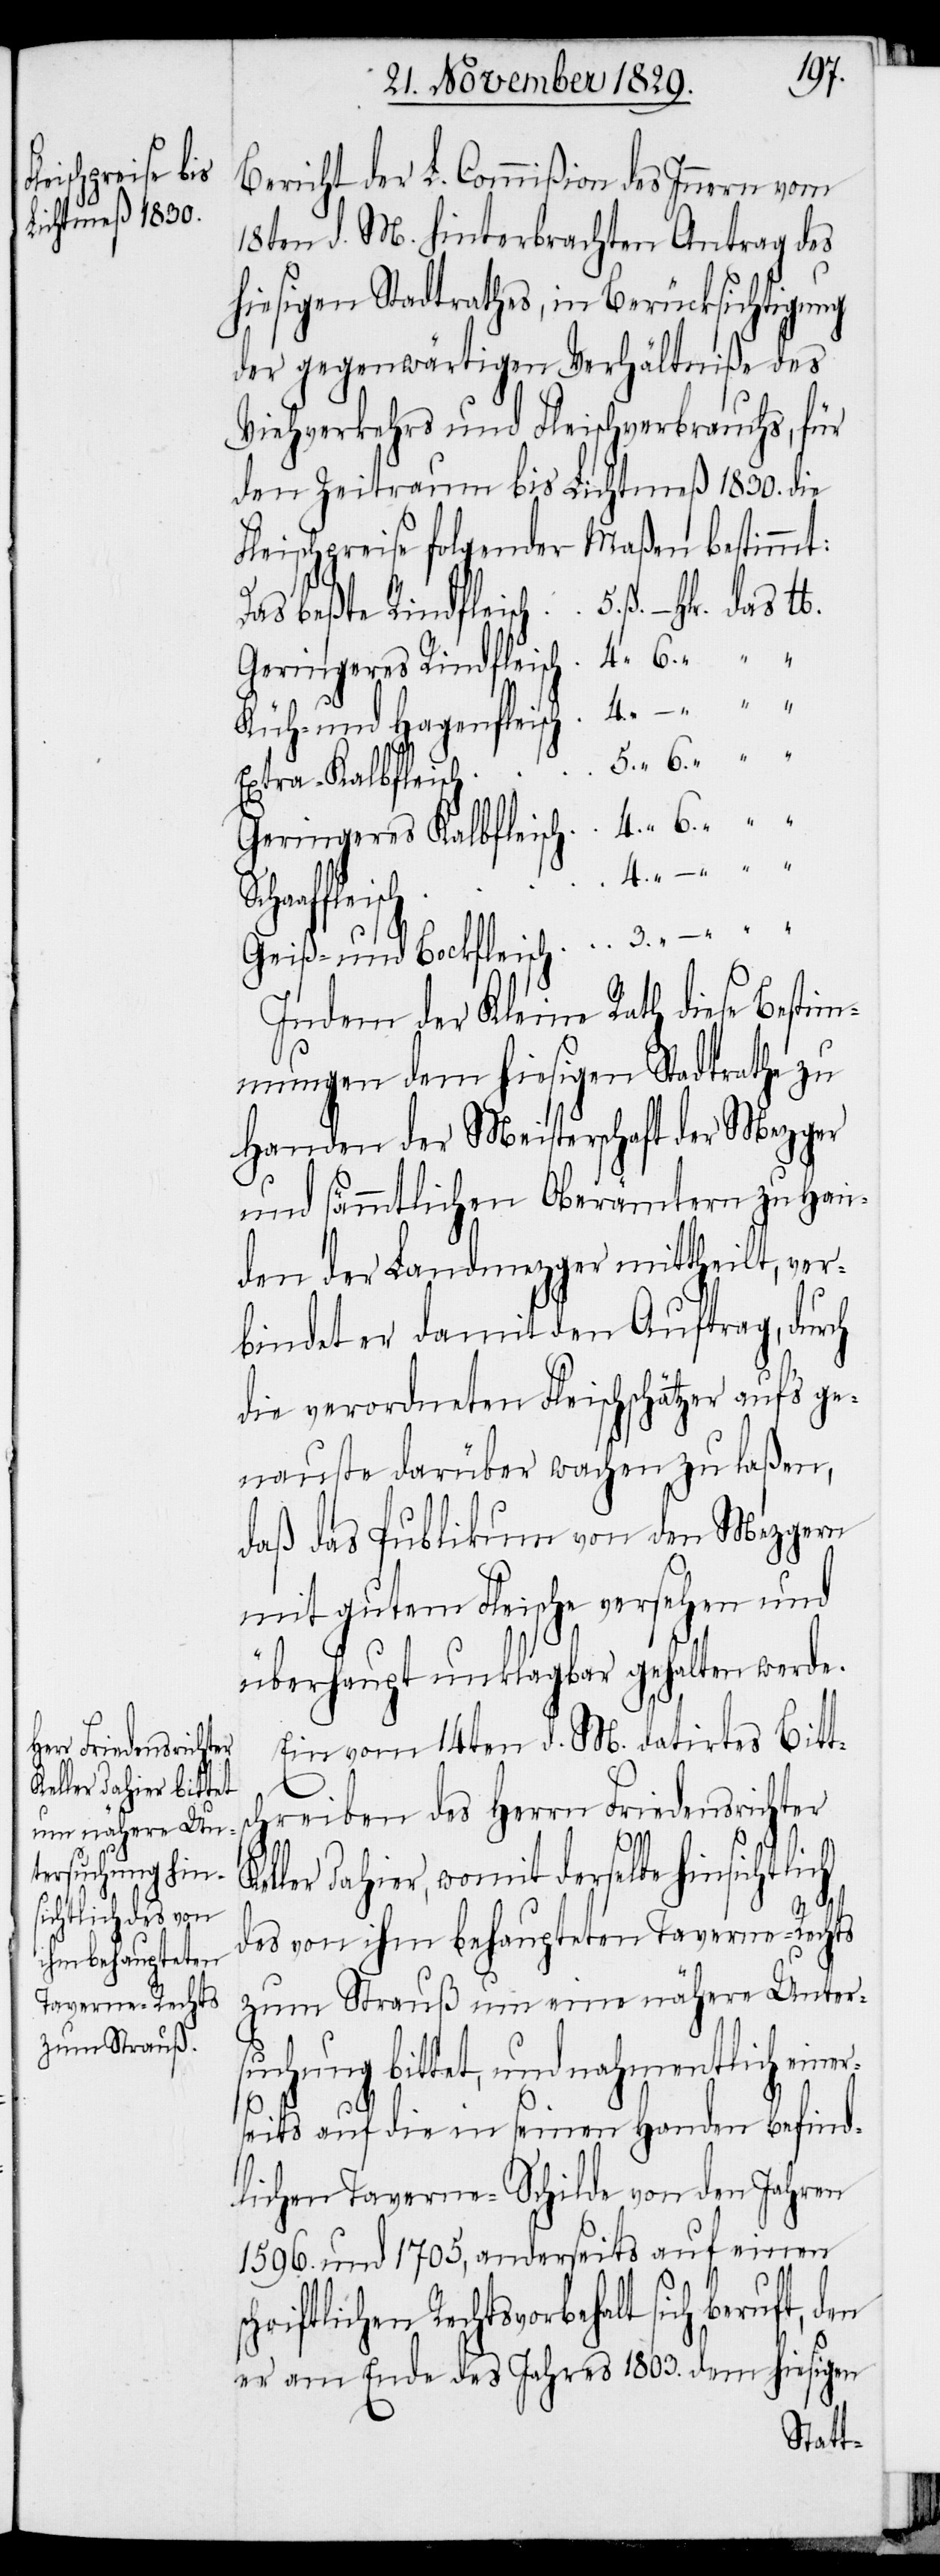
4.
Bericht der L. Commißion des Innern vom
18ten d. M. hinterbrachten Antrag des
hiesigen Stadtraths, in Berücksichtigung
der gegenwärtigen Verhältniße des
Viehverkehrs und Fleischverbrauchs, für
den Zeitraum bis Lichtmeß 1830. die
Fleischpreise folgender Maßen bestimmt:
Das beßte Rindfleisch
Geringeres Rindfleisch
Küh- und Hagenfleisch
Geiß- und Bockfleisch
Indem der Kleine Rath diese Bestim¬
mungen dem hiesigen Stadtrathe zu
Handen der Meisterschaft der Mezger
und sämmtlichen Oberämtern zu Han¬
den der Landmezger mittheilt, ver¬
bindet er damit den Auftrag, durch
die verordneten Fleischschätzer aufs ge¬
nauste darüber wachen zu laßen,
daß das Publikum von den Mezgern
mit gutem Fleische versehen und
überhaupt unklagbar gehalten werde.
Ein vom 14ten d. M. datirtes Bitt¬
chreiben des Herrn Friedensrichter
sc¬
ller dahier, womit derselbe hinsichtlich
des von ihm behaupteten Taverne-Rechts
zum Strauß um eine nähere Unter¬
suchung bittet, und nahmentlich einer¬
seits auf die in seinen Handen befind¬
lichen Taverne-Schilde von den Jahren
1596. und 1705, anderseits auf einen
hriftlichen Rechtsvorbehalt sich beruft,
er am Ende des Jahres 1803. dem hiesigen